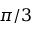
\pi / 3